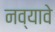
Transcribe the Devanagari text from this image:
नव्यावे